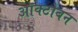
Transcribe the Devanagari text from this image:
ऑक्टोबन